Indian journal of veterinary science and animal husbandry - Volume 3,
Year: 1933
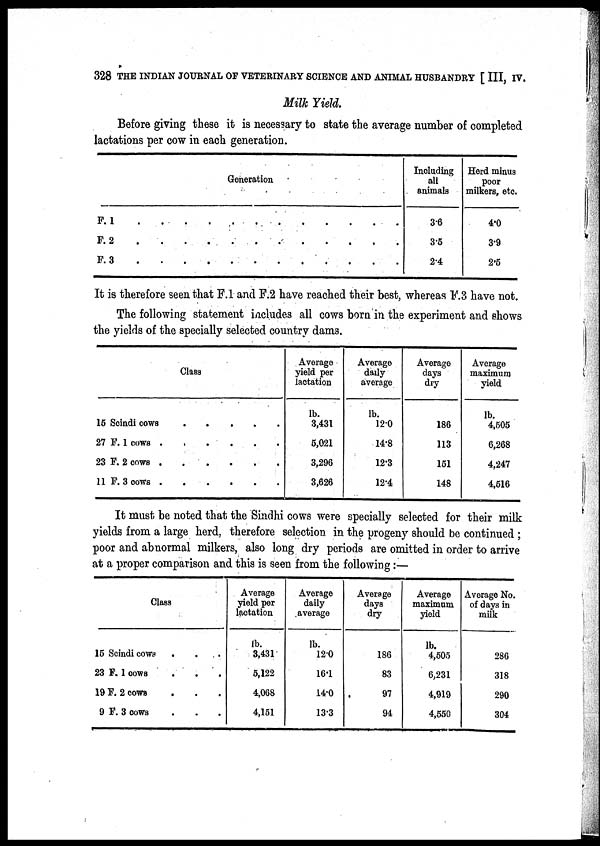
328 THE INDIAN JOURNAL OF VETERINARY SCIENCE AND ANIMAL HUSBANDRY [ III, IV.
Milk Yield.
Before giving these it is necessary to state the average number of completed
lactations per cow in each generation.
Generation
F. 1 ..........
F. 2 ..........
F. 3 ..........
Including
all
animals
36
3.5
2.4
Herd minus
poor
milkers, etc.
4.0
3.9
2.5
It is therefore seen that F.1 and F.2 have reached their best, whereas F.3 have not.
The following statement includes all cows born in the experiment and shows
the yields of the specially selected country dams.
Class
15 Scindi cows
27 F. 1 cows
23 F. 2 cows
11 F. 3 cows
Average
yield per
lactation
lb.
3,431
5,021
3,296
3,626
Average
daily
average
lb.
120
14.8
12.3
12.4
Average
days
dry
186
113
151
148
Average
maximum
yield
lb.
4,505
6,268
4,247
4,516
It must be noted that the Sindhi cows were specially selected for their milk
yields from a large herd, therefore selection in the progeny should be continued ;
poor and abnormal milkers, also long dry periods are omitted in order to arrive
at a proper comparison and this is seen from the following:—
Class
15 Scindi cows . . .
23 F. 1 cows...
19 F. 2 cows...
9 F. 3 cows...
Average
yield per
lactation
lb.
3,431
5,122
4,068
4,151
Average
daily
average
lb.
12.0
16.1
14.0
13.3
Average
days
dry
186
83
97
94
Average
maximum
yield
lb.
4,505
6,231
4,919
4,550
Average No.
of days in
milk
286
318
290
304